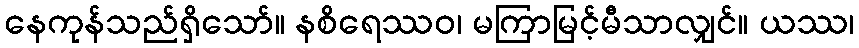
နေကုန်သည်ရှိသော်။ နစိရေဿဝ၊ မကြာမြင့်မီသာလျှင်။ ယဿ၊